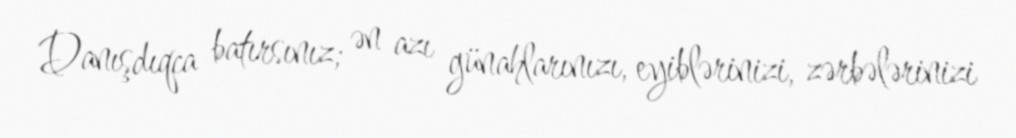
Danışdıqca batırsınız; ən azı günahlarınızı, eyiblərinizi, zərbələrinizi